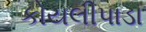
કોયલીપાડા